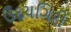
ઉદયગિરી